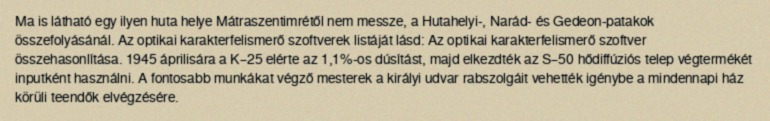
Ma is látható egy ilyen huta helye Mátraszentimrétől nem messze, a Hutahelyi-, Narád- és Gedeon-patakok összefolyásánál. Az optikai karakterfelismerő szoftverek listáját lásd: Az optikai karakterfelismerő szoftver összehasonlítása. 1945 áprilisára a K–25 elérte az 1,1%-os dúsítást, majd elkezdték az S–50 hődiffúziós telep végtermékét inputként használni. A fontosabb munkákat végző mesterek a királyi udvar rabszolgáit vehették igénybe a mindennapi ház körüli teendők elvégzésére.